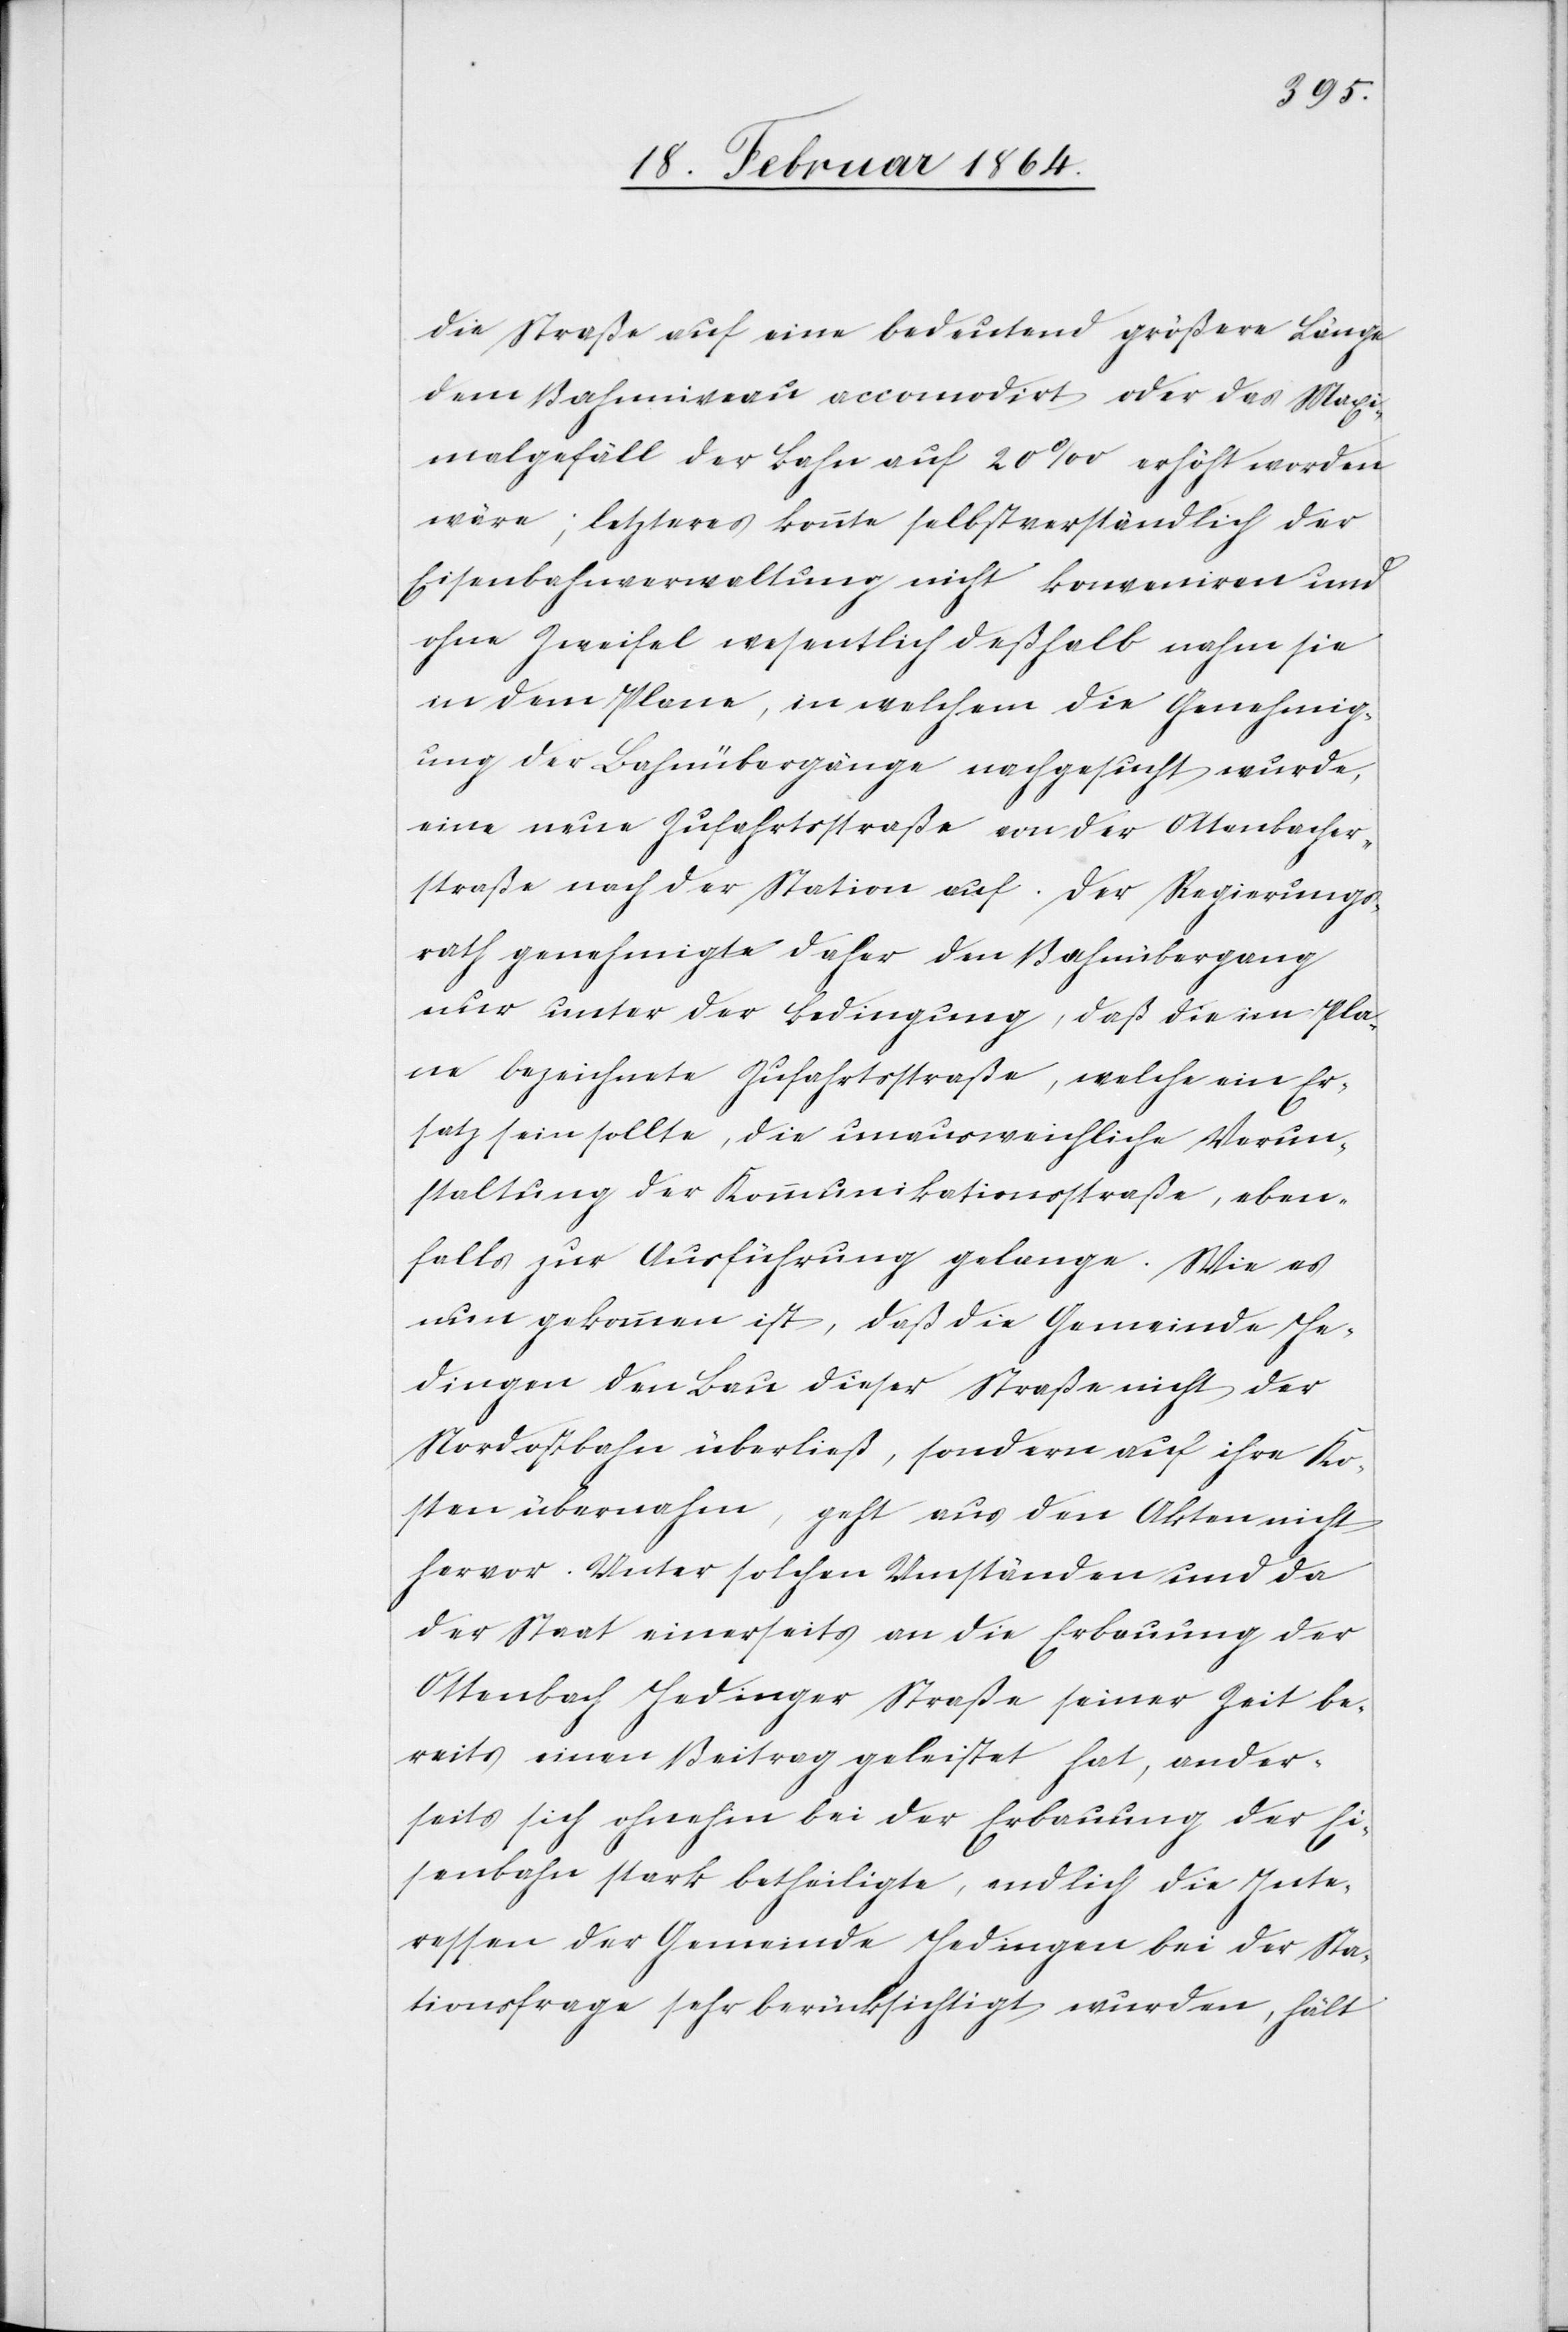
die Straße auf eine bedeutend größere Länge
dem Bahnniveau accomodirt oder das Maxi¬
malgefäll der Bahn auf 20‰ erhöht worden
wäre; letzteres könnte selbstverständlich der
Eisenbahnverwaltung nicht konveniren und
ohne Zweifel wesentlich deßhalb nahm sie
in dem Plane, in welchem die Genehmig¬
ung der Bahnübergänge nachgesucht wurde,
eine neue Zufahrtsstraße von der Ottenbacher¬
straße nach der Station auf. Der Regierungs¬
rath genehmigte daher den Bahnübergang
nur unter der Bedingung, daß die im Pla¬
ne bezeichnete Zufahrtsstraße, welche ein Er¬
satz sein sollte, die unausweichliche Verun¬
staltung der Kommunikationsstraße, eben¬
falls zur Ausführung gelange. Wie es
nun gekommen ist, daß die Gemeinde He¬
dingen den Bau dieser Straße nicht der
Nordostbahn überließ, sondern auf ihre Ko¬
sten übernahm, geht aus den Akten nicht
hervor. Unter solchen Umständen und da
der Staat einerseits an die Erbauung der
Ottenbach Hedinger Straße seiner Zeit be¬
reits einen Beitrag geleistet hat, ander¬
seits sich ohnehin bei der Erbauung der Ei¬
senbahn stark betheiligte, endlich die Inte¬
ressen der Gemeinde Hedingen bei der Sta¬
tionsfrage sehr berücksichtigt wurden, hält